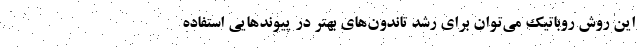
این روش روباتیک می‌توان برای رشد تاندون‌های بهتر در پیوندهایی استفاده